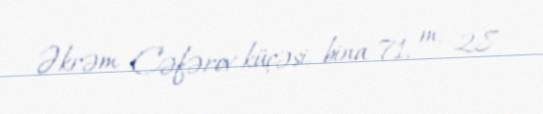
Əkrəm Cəfərov küçəsi, bina 71, m. 28